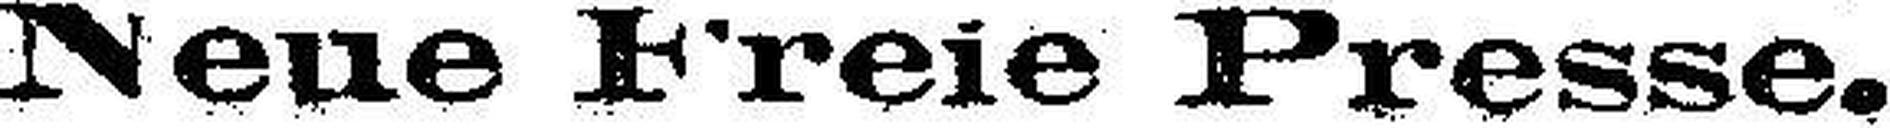
Neue Freie Presse.